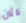
ناثان